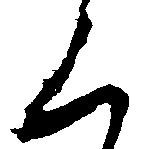
く